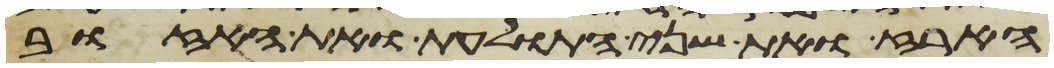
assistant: הארז ואת שני התולעת ואת האזוב